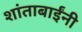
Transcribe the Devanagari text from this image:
शांताबार्इंनी